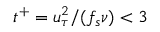
t ^ { + } = u _ { \tau } ^ { 2 } / ( f _ { s } \nu ) < 3